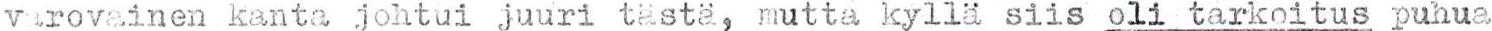
varovainen kanta johtui juuri tästä, mutta kyllä siis oli tarkoitus puhua